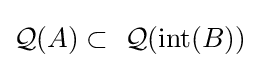
{\mathcal {Q}}(A)\subset \ {\mathcal {Q}}({\mbox{int}}(B))